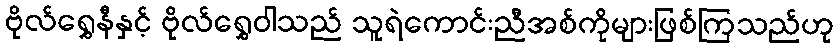
ဗိုလ်ရွှေနီနှင့် ဗိုလ်ရွှေဝါသည် သူရဲကောင်းညီအစ်ကိုများဖြစ်ကြသည်ဟု